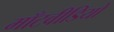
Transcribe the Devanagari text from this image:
माँटवीडियो